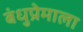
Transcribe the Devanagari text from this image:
बंधुप्रेमाला